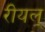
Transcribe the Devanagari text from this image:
रीयल्